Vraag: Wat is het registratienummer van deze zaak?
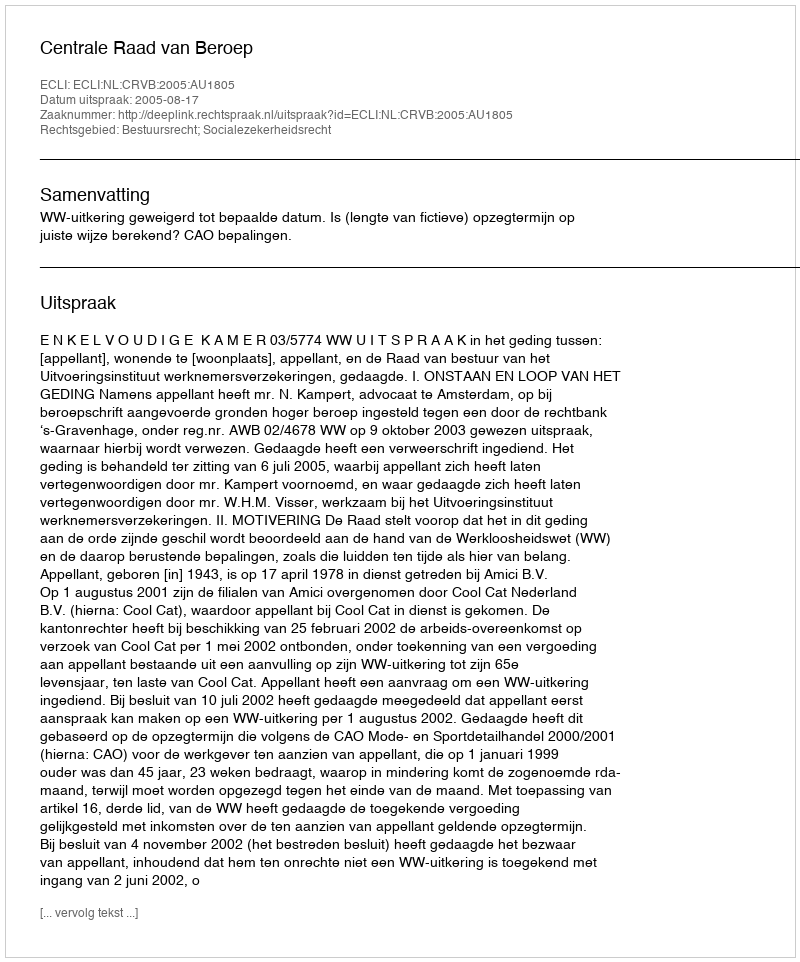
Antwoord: http://deeplink.rechtspraak.nl/uitspraak?id=ECLI:NL:CRVB:2005:AU1805